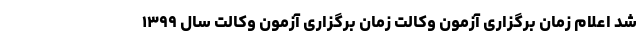
شد اعلام زمان برگزاری آزمون وکالت زمان برگزاری آزمون وکالت سال ۱۳۹۹